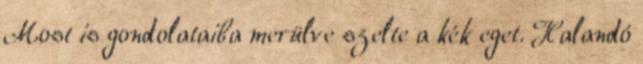
Most is gondolataiba merülve szelte a kék eget. Halandó